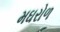
મઘરોળ